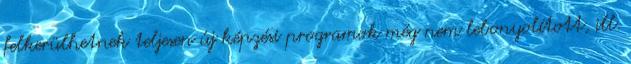
felkerülhetnek teljesen új képzési programok még nem lebonyolított, ill.